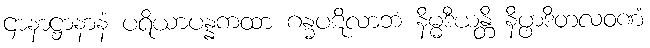
ဌာနာဋ္ဌာနာနံ ပရိယာပန္နကထာ ဂန္ဓပဋိလာဘံ နိမ္မဒီယန္တိ နိပ္ဖာဒိတလဝဏံ